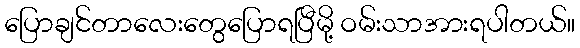
ပြောချင်တာလေးတွေပြောရပြီမို့ ဝမ်းသာအားရပါတယ်။